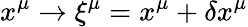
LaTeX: x^{\mu}\rightarrow\xi^{\mu}=x^{\mu}+\delta x^{\mu}